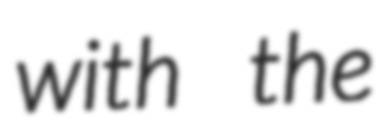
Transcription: with the